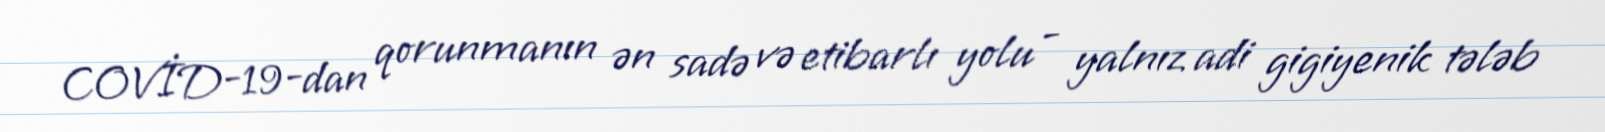
COVİD-19-dan qorunmanın ən sadə və etibarlı yolu - yalnız adi gigiyenik tələb